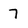
Character: 7